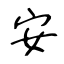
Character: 安